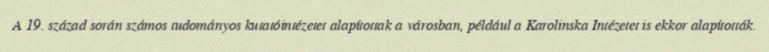
A 19. század során számos tudományos kutatóintézetet alapítottak a városban, például a Karolinska Intézetet is ekkor alapították.